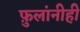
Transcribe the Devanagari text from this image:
फ़ुलांनीही